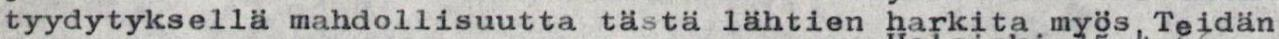
tyydytyksellä mahdollisuutta tästä lähtien harkita myös,Teidän